Report of the Indian Hemp Drugs Commission, 1894-1895 - Volume I
Year: 1894
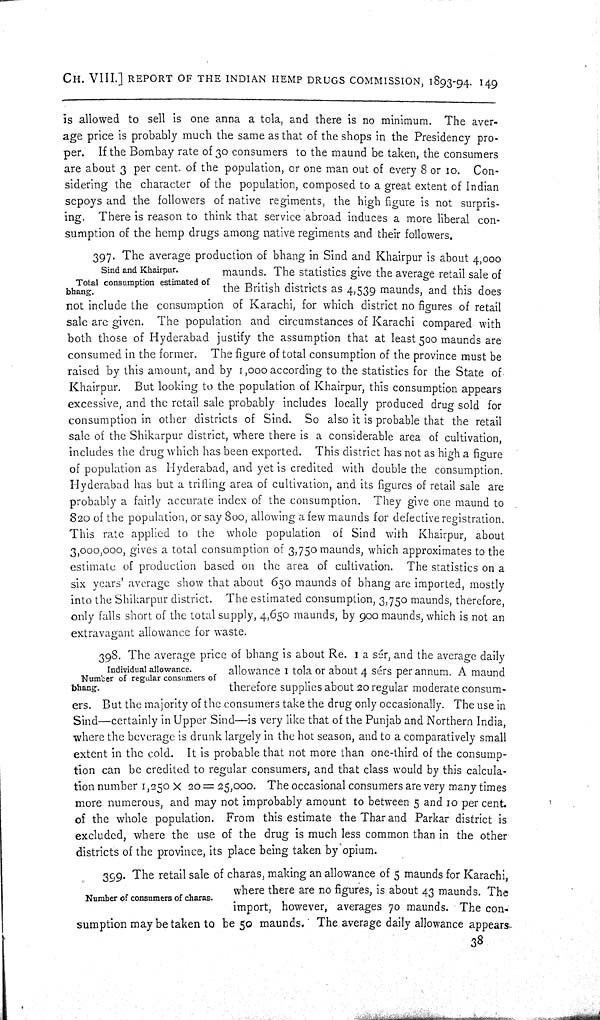
CH. VIII.] REPORT OF THE INDIAN HEMP DRUGS COMMISSION, 1893-94. 149
is allowed to sell is one anna a tola, and there is no minimum. The aver-
age price is probably much the same as that of the shops in the Presidency pro-
per. If the Bombay rate of 30 consumers to the maund be taken, the consumers
are about 3 per cent. of the population, or one man out of every 8 or 10. Con-
sidering the character of the population, composed to a great extent of Indian
sepoys and the followers of native regiments, the high figure is not surpris-
ing. There is reason to think that service abroad induces a more liberal con-
sumption of the hemp drugs among native regiments and their followers.
Sind and Khairpur.
Total consumption estimated of
bhang.
397. The average production of bhang in Sind and Khairpur is about 4,000
maunds. The statistics give the average retail sale of
the British districts as 4,539 maunds, and this does
not include the consumption of Karachi, for which district no figures of retail
sale are given. The population and circumstances of Karachi compared with
both those of Hyderabad justify the assumption that at least 500 maunds are
consumed in the former. The figure of total consumption of the province must be
raised by this amount, and by 1,000 according to the statistics for the State of
Khairpur. But looking to the population of Khairpur, this consumption appears
excessive, and the retail sale probably includes locally produced drug sold for
consumption in other districts of Sind. So also it is probable that the retail
sale of the Shikarpur district, where there is a considerable area of cultivation,
includes the drug which has been exported. This district has not as high a figure
of population as Hyderabad, and yet is credited with double the consumption.
Hyderabad has but a trifling area of cultivation, and its figures of retail sale are
probably a fairly accurate index of the consumption. They give one maund to
820 of the population, or say 800, allowing a few maunds for defective registration.
This rate applied to the whole population of Sind with Khairpur, about
3,000,000, gives a total consumption of 3,750 maunds, which approximates to the
estimate of production based on the area of cultivation. The statistics on a
six years' average show that about 650 maunds of bhang are imported, mostly
into the Shikarpur district. The estimated consumption, 3,750 maunds, therefore,
only falls short of the total supply, 4,650 maunds, by 900 maunds, which is not an
extravagant allowance for waste.
Individual allowance.
Number of regular consumers of
bhang.
398. The average price of bhang is about Re. 1 a sér, and the average daily
allowance 1 tola or about 4 sérs per annum. A maund
therefore supplies about 20 regular moderate consum-
ers. But the majority of the consumers take the drug only occasionally. The use in
Sind—certainly in Upper Sind—is very like that of the Punjab and Northern India,
where the beverage is drunk largely in the hot season, and to a comparatively small
extent in the cold. It is probable that not more than one-third of the consump-
tion can be credited to regular consumers, and that class would by this calcula-
tion number 1,250 x 20 = 25,000. The occasional consumers are very many times
more numerous, and may not improbably amount to between 5 and 10 per cent.
of the whole population. From this estimate the Thar and Parkar district is
excluded, where the use of the drug is much less common than in the other
districts of the province, its place being taken by opium.
Number of consumers of charas.
399. The retail sale of charas, making an allowance of 5 maunds for Karachi,
where there are no figures, is about 43 maunds. The
import, however, averages 70 maunds. The con-
sumption may be taken to be 50 maunds. The average daily allowance appears
38